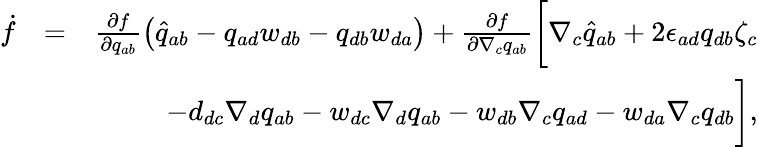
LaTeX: \begin{array}{rlr}{\dot{f}}&{=}&{\frac{\partial f}{\partial q_{ab}}\left(\widehat{q}_{ab}-q_{ad}w_{db}-q_{db}w_{da}\right)+\frac{\partial f}{\partial\nabla_{c}q_{ab}}\bigg[\nabla_{c}\widehat{q}_{ab}+2\epsilon_{ad}q_{db}\zeta_{c}}\\ &{}&{\; \; \; \; \; -d_{dc}\nabla_{d}q_{ab}-w_{dc}\nabla_{d}q_{ab}-w_{db}\nabla_{c}q_{ad}-w_{da}\nabla_{c}q_{db}\bigg],}\end{array}